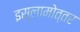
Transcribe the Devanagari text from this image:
इस्लामोत्तर